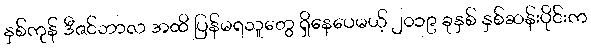
နှစ်ကုန် ဒီဇင်ဘာလ အထိ ပြန်မရသူတွေ ရှိနေပေမယ့် ၂၀၁၉ ခုနှစ် နှစ်ဆန်းပိုင်းက